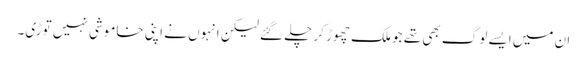
ان میں ایسے لوگ بھی تھے جو ملک چھوڑ کر چلے گئے لیکن انہوں نے اپنی خاموشی نہیں توڑی۔